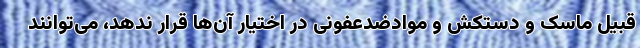
قبیل ماسک و دستکش و موادضدعفونی در اختیار آن‌ها قرار ندهد، می‌توانند